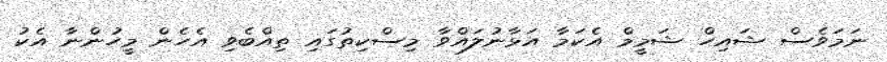
ނަމަވެސް ޝައިހް ޝަމީމް އެކަމާ އަޅާނުލައްވާ މިސްކިތުގައި ތިއްބެވި އެހެން މީހުންނާ އެކު